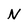
Character: N